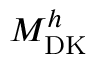
M _ { \mathrm { D K } } ^ { h }